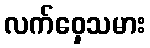
လက်ဝှေ့သမား